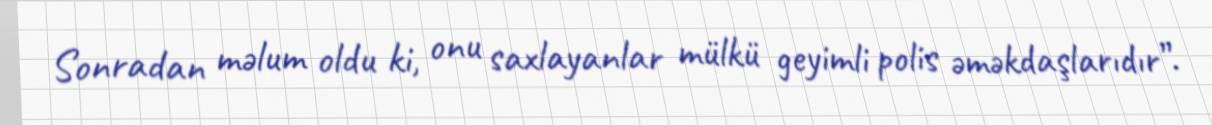
Sonradan məlum oldu ki, onu saxlayanlar mülkü geyimli polis əməkdaşlarıdır”.